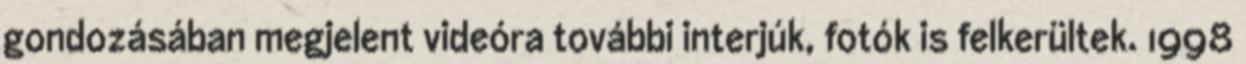
gondozásában megjelent videóra további interjúk, fotók is felkerültek. 1998